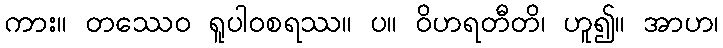
ကား။ တဿေဝ ရူပါဝစရဿ။ ပ။ ဝိဟရတီတိ၊ ဟူ၍။ အာဟ၊